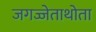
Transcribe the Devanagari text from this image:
जगज्जेताथोता